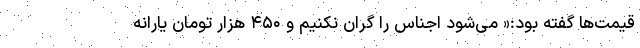
قیمت‌ها گفته بود:« می‌شود اجناس را گران نکنیم و ۴۵۰ هزار تومان یارانه